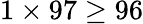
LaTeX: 1\times 97\geq 96